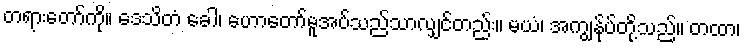
တရားတော်ကို။ ဒေသိတံ ခေါ၊ ဟောတော်မူအပ်သည်သာလျှင်တည်း။ မယံ၊ အကျွန်ုပ်တို့သည်။ တထာ၊